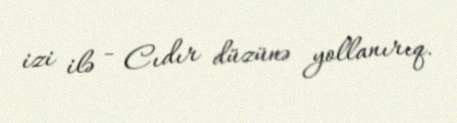
izi ilə - Cıdır düzünə yollanırıq.